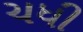
ચધી